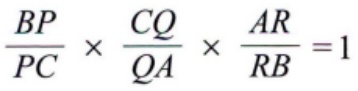
$\frac{BP}{PC} \times \frac{CQ}{QA} \times \frac{AR}{RB} =1$